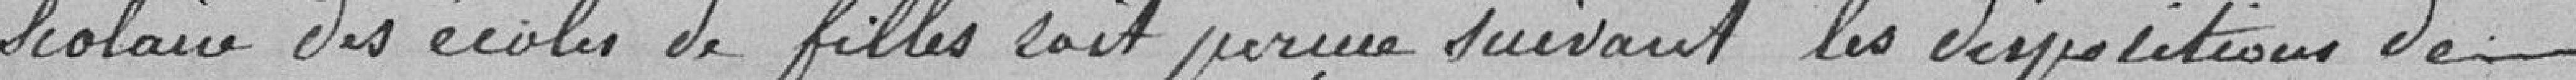
scolaire des écoles de filles soit perçue suivant les dispositions de